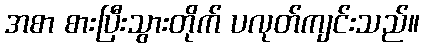
အစာ စားပြီးသွားတိုက် ပလုတ်ကျင်းသည်။